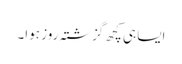
ایسا ہی کچھ گزشتہ روز ہوا۔